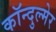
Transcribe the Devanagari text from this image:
कॉन्दुल्मेर